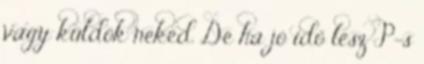
vagy küldök neked. De ha jó idő lesz P-s